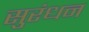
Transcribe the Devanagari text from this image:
सुरंधन